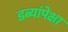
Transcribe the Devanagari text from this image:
डब्यांपेक्षा